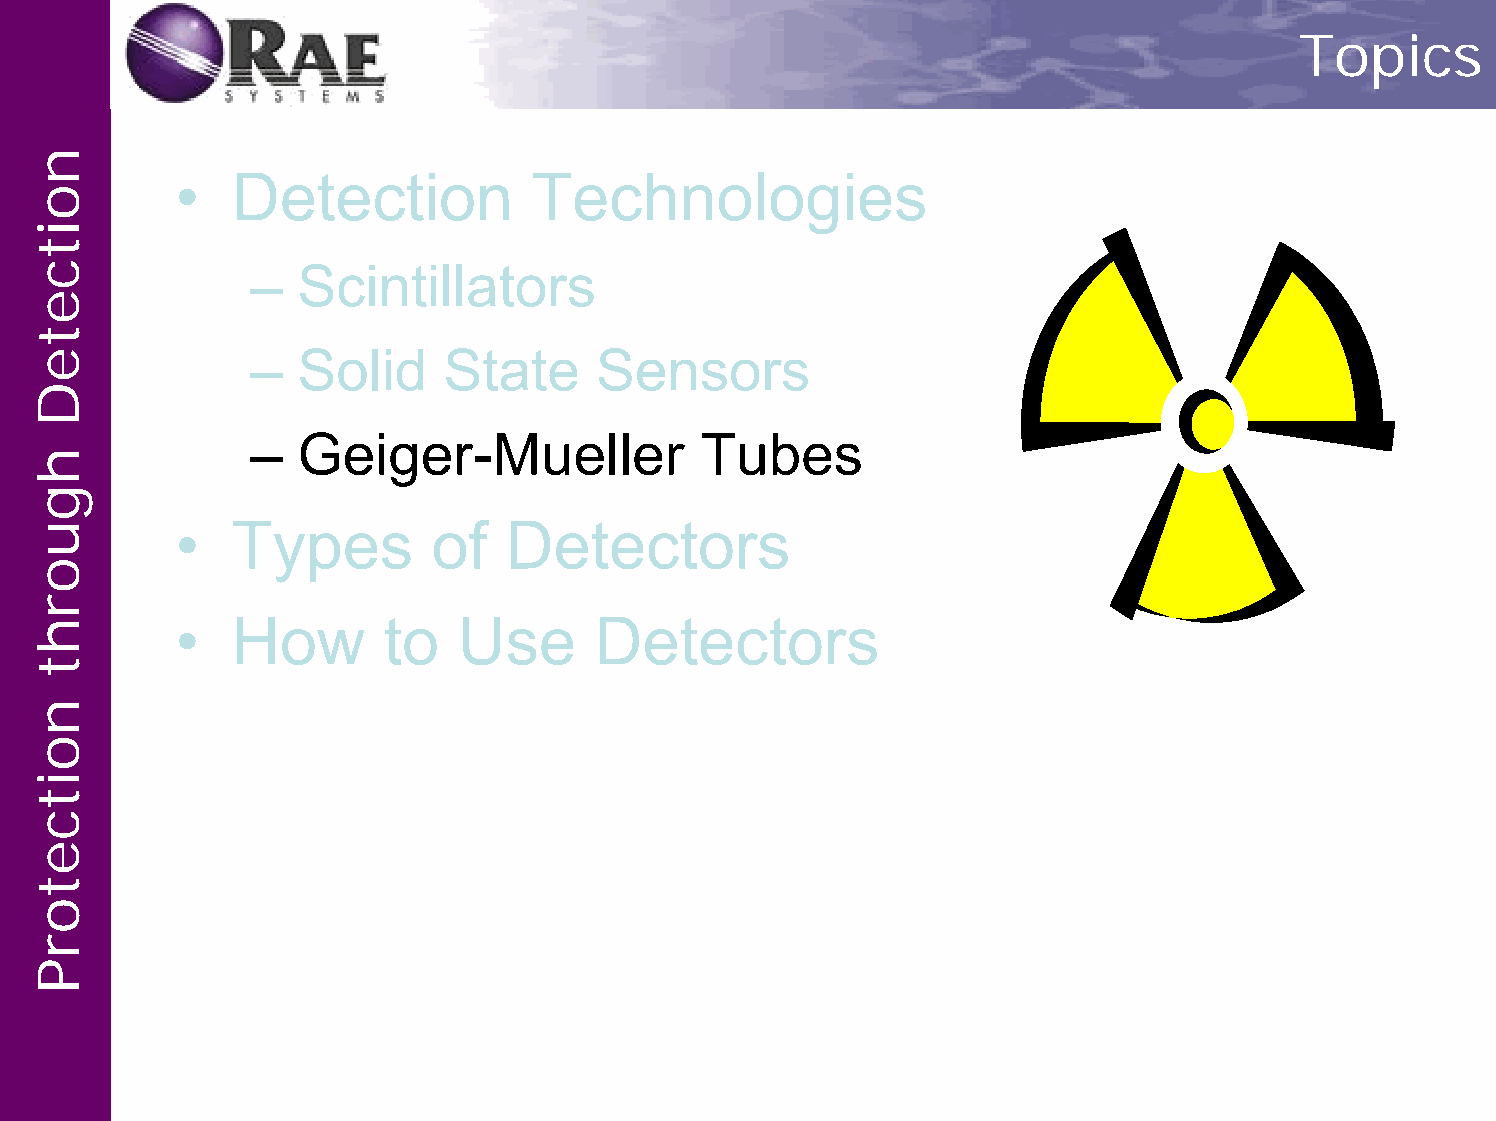
Topics
 •  Detection           Technologies
 –  Scintillators
 –  Solid    State      Sensors
 –  Geiger-Mueller            Tubes
 •  Types         of   Detectors
 •  How       to   Use      Detectors
 noitceteD
 hguorht
 noitcetorP